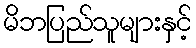
မိဘပြည်သူများနှင့်